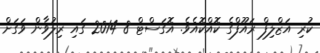
ކުރި އަޒްލިފް ރައޫފްގެ ކޮއްކޮއެވެ. އޮގަސްޓް 8 2014 ގައި ރިލުވާން ވަގަށް